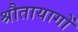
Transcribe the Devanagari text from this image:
श्रौतायागों